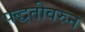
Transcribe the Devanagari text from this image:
पद्धतीवरुन